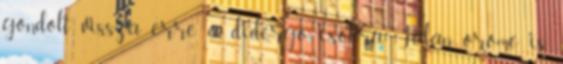
gondolt vissza erre a didergő csókra. Talán öröme is